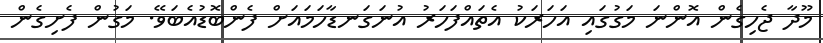
މޫދާ ޖެހިގެން އޮންނަ މަގުގައި އަހަރަކު އެތައްފަހަރު އުނަގަނޑާހަމައަށް ފެންބޮޑުއެބަވޭ. މަގުން ފެށިގެން